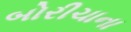
બોરીચાના